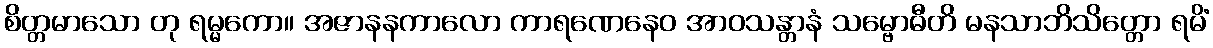
စိတ္တမာသော တု ရမ္မကော။ အဇာနနကာလော ကာရဏေနေဝ အာဝသန္တာနံ သမ္ဗောဓီတိ မနသာဘိသိတ္တော ရမိံ